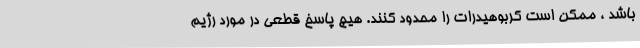
باشد ، ممکن است کربوهیدرات را محدود کنند. هیچ پاسخ قطعی در مورد رژیم